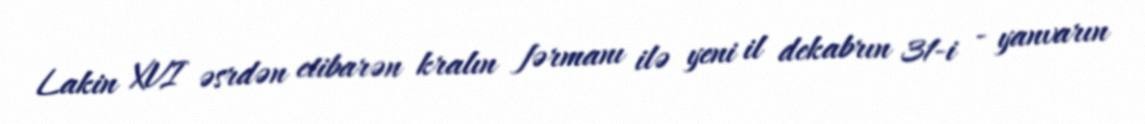
Lakin XVI əsrdən etibarən kralın fərmanı ilə yeni il dekabrın 31-i - yanvarın